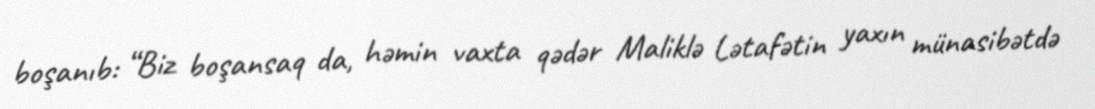
boşanıb: “Biz boşansaq da, həmin vaxta qədər Maliklə Lətafətin yaxın münasibətdə